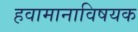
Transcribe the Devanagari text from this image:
हवामानाविषयक